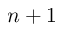
n + 1